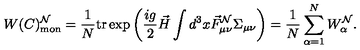
W ( C ) _ { \mathrm { m o n } } ^ { \cal N } = \frac { 1 } { N } { } \mathrm { t r } { } \exp \left( \frac { i g } { 2 } \vec { H } \int d ^ { 3 } x \vec { F } _ { \mu \nu } ^ { \cal N } \Sigma _ { \mu \nu } \right) = \frac { 1 } { N } \sum _ { \alpha = 1 } ^ { N } W _ { \alpha } ^ { \cal N } .